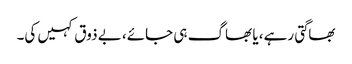
بھاگتی رہے، یا بھاگ ہی جائے، بے ذوق کہیں کی۔